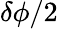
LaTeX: \delta\phi/2